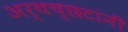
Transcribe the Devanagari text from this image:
अर्थच्‍छटांनी